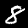
Label: 8